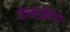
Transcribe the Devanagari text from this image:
टेकक्रंच